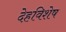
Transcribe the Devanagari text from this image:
देहविशेष